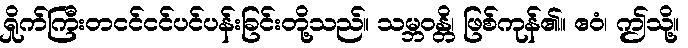
ရှိုက်ကြီးတငင်ငင်ပင်ပန်းခြင်းတို့သည်။ သမ္ဘဝန္တိ၊ ဖြစ်ကုန်၏။ ဧဝံ၊ ဤသို့။